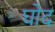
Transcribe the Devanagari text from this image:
घोद